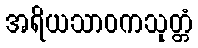
အရိယသာဝကသုတ္တံ